Malaria in the Punjab - Number 46
Disease focus: Malaria
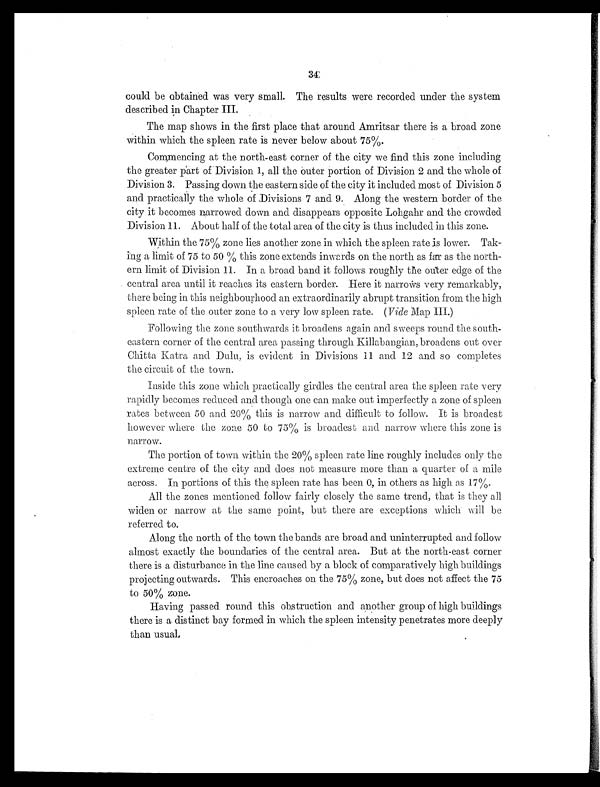
34
could be obtained was very small. The results were recorded under the system
described in Chapter III.
The map shows in the first place that around Amritsar there is a broad zone
within which the spleen rate is never below about 75%.
Commencing at the north-east corner of the city we find this zone including
the greater part of Division 1, all the outer portion of Division 2 and the whole of
Division 3. Passing down the eastern side of the city it included most of Division 5
and practically the whole of Divisions 7 and 9. Along the western border of the
city it becomes narrowed down and disappears opposite Lohgahr and the crowded
Division 11. About half of the total area of the city is thus included in this zone.
Within the 75% zone lies another zone in which the spleen rate is lower. Tak-
ing a limit of 75 to 50% this zone extends inwards on the north as far as the north-
ern limit of Division 11. In a broad band it follows roughly the outer edge of the
central area until it reaches its eastern border. Here it narrows very remarkably,
there being in this neighbourhood an extraordinarily abrupt transition from the high
spleen rate of the outer zone to a very low spleen rate. ( Vide Map III.)
Following the zone southwards it broadens again and sweeps round the south-
eastern corner of the central area passing through Killabangian, broadens out over
Chitta Katra and Dulu, is evident in Divisions 11 and 12 and so completes
the circuit of the town.
Inside this zone which practically girdles the central area the spleen rate very
rapidly becomes reduced and though one can make out imperfectly a zone of spleen
rates between 50 and 20% this is narrow and difficult to follow. It is broadest
however where the zone 50 to 75% is broadest and narrow where this zone is
narrow.
The portion of town within the 20% spleen rate line roughly includes only the
extreme centre of the city and does not measure more than a quarter of a mile
across. In portions of this the spleen rate has been 0, in others as high as 17%.
All the zones mentioned follow fairly closely the same trend, that is they all
widen or narrow at the same point, but there are exceptions which will be
referred to.
Along the north of the town the bands are broad and uninterrupted and follow
almost exactly the boundaries of the central area. But at the north-east corner
there is a disturbance in the line caused by a block of comparatively high buildings
projecting outwards. This encroaches on the 75% zone, but does not affect the 75
to 50% zone.
Having passed round this obstruction and another group of high buildings
there is a distinct bay formed in which the spleen intensity penetrates more deeply
than usual.